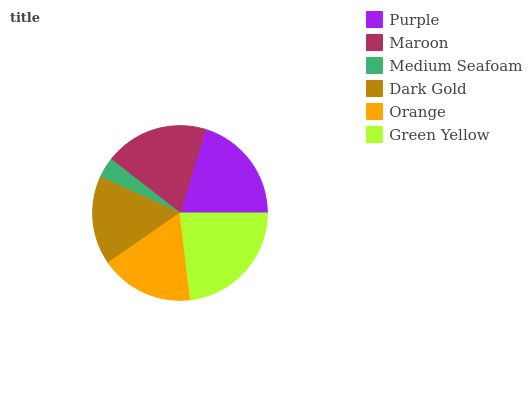
| Purple | Maroon | Medium Seafoam | Dark Gold | Orange | Green Yellow |
 | --- | --- | --- | --- | --- | --- |
 | 20.4% | 19.1% | 3.79% | 16.4% | 17.2% | 23.1% |